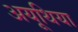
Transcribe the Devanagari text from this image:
अयूथिया